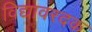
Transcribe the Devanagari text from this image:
विद्यावरदक